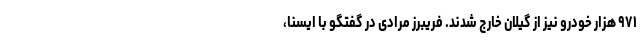
۹۷۱ هزار خودرو نیز از گیلان خارج شدند. فریبرز مرادی در گفتگو با ایسنا،